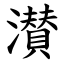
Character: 濽